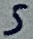
Text: 5